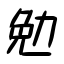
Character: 勉